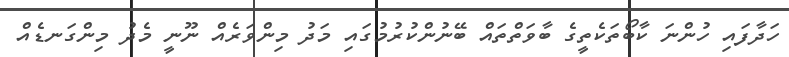
ހަދާފައި ހުންނަ ކާބޯތަކެތީގެ ބާވަތްތައް ބޭނުންކުރުމުގައި މަދު މިންވަރެއް ނޫނީ މެދު މިންގަނޑެއް